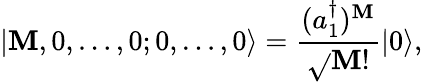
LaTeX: |\mathbf{M},0,\ldots,0;0,\ldots,0\rangle={\frac{{(a_{1}^{\dagger})^{\mathbf{M}}}}{{\sqrt{}{{\mathbf{M}!}}}}}|0\rangle,